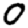
Digit: 0